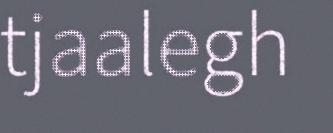
tjaalegh